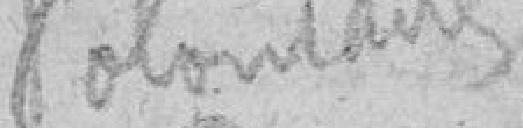
Volontaire